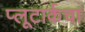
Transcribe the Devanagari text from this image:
प्लूटार्कचा